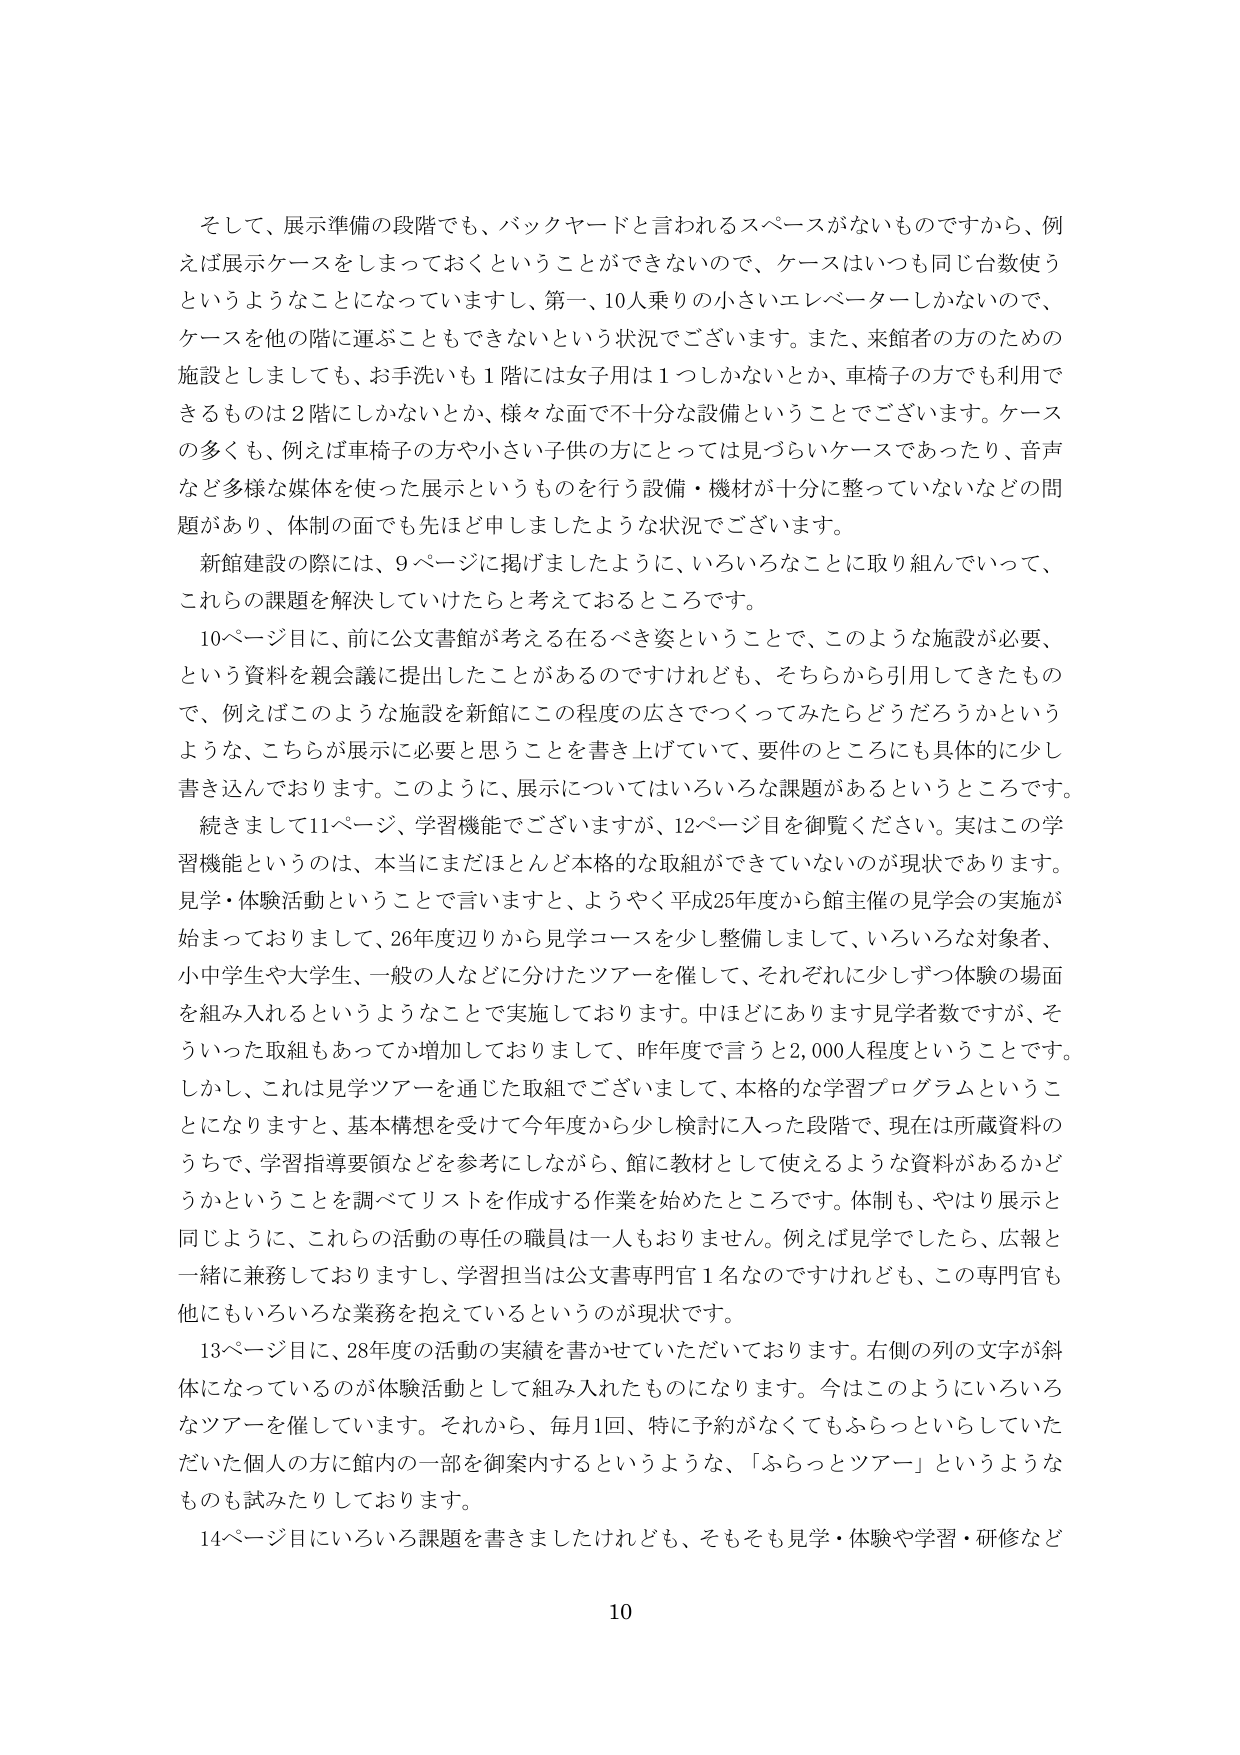
そして、展示準備の段階でも、バックヤードと言われるスペースがないものですから、例えば展示ケースをしまっておくということができないので、ケースはいつも同じ台数使うというようなことになっていますし、第一、10人乗りの小さいエレベーターしかないのです、ケースを他の階に運ぶこともできないという状況でございます。また、来館者の方のための施設としましても、お手洗いも1階には女子用は1つしかないとか、車椅子の方でも利用できるものは2階にしかないとか、様々な面で不十分な設備ということでございます。ケースの多くも、例えば車椅子の方や小さい子供の方にとっては見づらいケースであったり、音声など多様な媒体を使った展示というものを行う設備・機材が十分に整っていないなどの問題があり、体制の面でも先ほど申しましたような状況でございます。

新館建設の際には、9ページに掲げましたように、いろいろなことに取り組んでいって、これらの課題を解決していければと考えておるところです。

10ページ目に、前に公文書館が考える在るべき姿ということで、このような施設が必要、という資料を親会議に提出したことがあるのですけれども、そちらから引用してきたもので、例えばこのような施設を新館にこの程度の広さでつくってみたらどうだろうかというような、こちらが展示に必要と思うことを書き上げていて、要件のところにも具体的に少し書き込んでおります。このように、展示についてはいろいろな課題があるというところです。

続きまして11ページ、学習機能でございますが、12ページ目を御覧ください。実はこの学習機能というのは、本当にまだほとんど本格的な取組ができていないのが現状であります。見学・体験活動ということで言いますと、ようやく平成25年度から館主催の見学会の実施が始まっておりまして、26年度辺りから見学コースを少し整備しまして、いろいろな対象者、小中学生や大学生、一般の人などに分けたツアーを催して、それぞれに少しずつ体験の場面を組み入れるというようなことで実施しております。中ほどにあります見学者数ですが、そういった取組もあってか増加しておりまして、昨年度で言うと2,000人程度ということです。しかし、これは見学ツアーを通じた取組でございまして、本格的な学習プログラムということになりますと、基本構想を受けて今年度から少し検討に入った段階で、現在は所蔵資料のうちで、学習指導要領などを参考にしながら、館に教材として使えるような資料があるかどうかということを調べてリストを作成する作業を始めたところです。体制も、やはり展示と同じように、これらの活動の専任の職員は一人もおりません。例えば見学でしたら、広報と一緒に兼務しておりますし、学習担当は公文書専門官1名なのですが、この専門官も他にもいろいろな業務を抱えているというのが現状です。

13ページ目に、28年度の活動の実績を書かせていただいております。右側の列の文字が斜体になっているのが体験活動として組み入れたものになります。今はこのようにいろいろなツアーを催しています。それから、毎月1回、特に予約がなくてもふらっといらしていただいた個人の方に館内の一部を御案内するというような、「ふらっとツアー」というようなものも試みたりしております。

14ページ目にいろいろ課題を書きましたけれども、そもそも見学・体験や学習・研修など

10